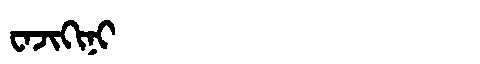
Manchu: ᠸᠠᠵᡳᡴᡳᠨᡳ
Romanization: WAJIKINI